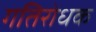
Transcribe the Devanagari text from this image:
गतिरोधक